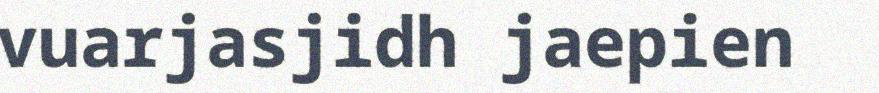
vuarjasjidh jaepien